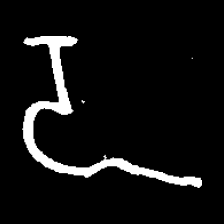
Pyu character \u2014 Myanmar letter: ဍ (romanized: dda)